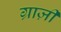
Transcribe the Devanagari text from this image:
ग्राज़ी